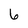
Character: 6